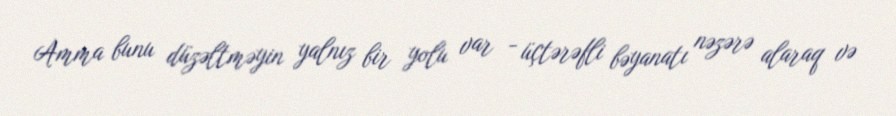
Amma bunu düzəltməyin yalnız bir yolu var - üçtərəfli bəyanatı nəzərə alaraq və